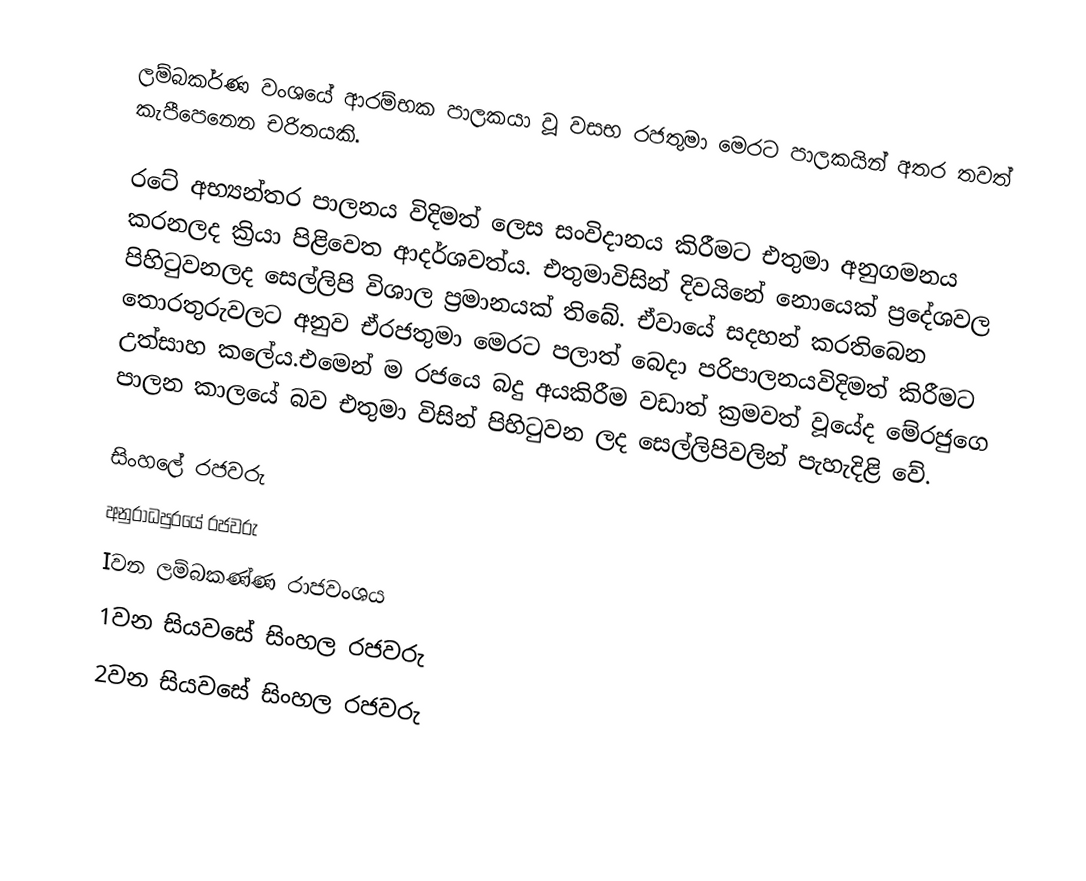
ලම්බකර්ණ වංශයේ ආරම්භක පාලකයා වූ වසභ රජතුමා මෙරට පාලකයින් අතර තවත් කැපීපෙනෙන චරිතයකි.

රටේ අභ්‍යන්තර පාලනය විදිමත් ලෙස සංවිදානය කිරීමට එතුමා අනුගමනය කරනලද ක්‍රියා පිළිවෙත ආදර්ශවත්ය. එතුමාවිසින් දිවයිනේ නොයෙක් ප්‍රදේශවල පිහිටුවනලද සෙල්ලිපි විශාල ප්‍රමානයක් තිබේ. ඒවායේ සදහන් කරතිබෙන තොරතුරුවලට අනුව ඒරජතුමා මෙරට පලාත් බෙදා පරිපාලනයවිදිමත් කිරීමට උත්සාහ කලේය.එමෙන් ම රජයෙ බදු අයකිරීම වඩාත් ක්‍රමවත් වූයේද මේරජුගෙ පාලන කාලයේ බව එතුමා විසින් පිහිටුවන ලද සෙල්ලිපිවලින් පැහැදිළි වේ.

සිංහලේ රජවරු
අනුරාධපුරයේ රජවරු
Iවන ලම්බකණ්ණ රාජවංශය
1වන සියවසේ සිංහල රජවරු
2වන සියවසේ සිංහල රජවරු